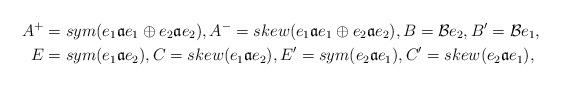
LaTeX: \begin{align*}A^{+} & =sym(e_{1}\mathfrak{a}e_{1}\oplus e_{2}\mathfrak{a}e_{2}),A^{-}=skew(e_{1}\mathfrak{a}e_{1}\oplus e_{2}\mathfrak{a}e_{2}),B=\mathcal{B}e_{2},B'=\mathcal{B}e_{1},\\E & =sym(e_{1}\mathfrak{a}e_{2}),C=skew(e_{1}\mathfrak{a}e_{2}),E'=sym(e_{2}\mathfrak{a}e_{1}),C'=skew(e_{2}\mathfrak{a}e_{1}), \end{align*}